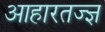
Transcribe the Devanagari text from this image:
आहारतज्ज्ञ